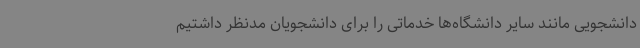
دانشجویی مانند سایر دانشگاه‌ها خدماتی را برای دانشجویان مدنظر داشتیم